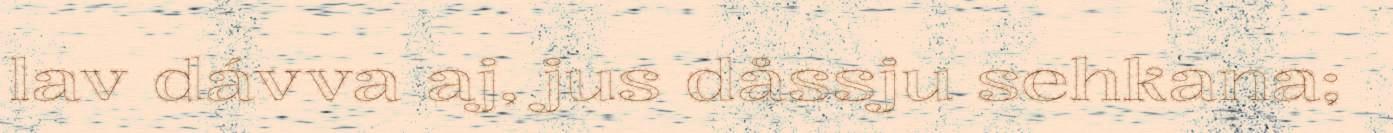
lav dávva aj, jus dåssju sehkana;